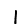
Digit: 1